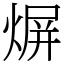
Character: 𤋊